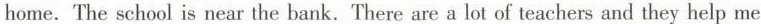
home.The school is near the bank.There are a lot of teachers and they help me